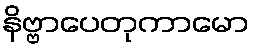
နိဗ္ဗာပေတုကာမော